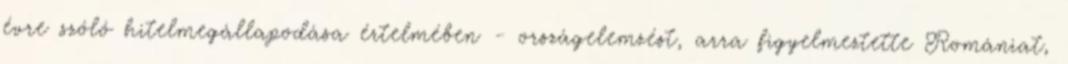
évre szóló hitelmegállapodása értelmében - országelemzést, arra figyelmeztette Romániat,